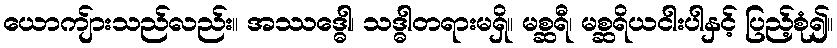
ယောကျ်ားသည်လည်း။ အဿဒ္ဓေါ၊ သဒ္ဓါတရားမရှိ။ မစ္ဆရီ၊ မစ္ဆရိယငါးပါနှင့် ပြည့်စုံ၍။